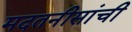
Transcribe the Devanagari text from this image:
मदतनीसांची